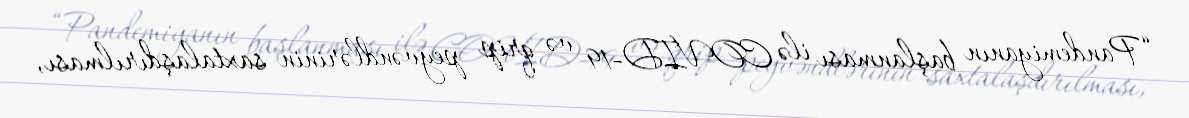
“Pandemiyanın başlanması ilə COVID-19 və qrip peyvəndlərinin saxtalaşdırılması,